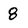
Character: 8